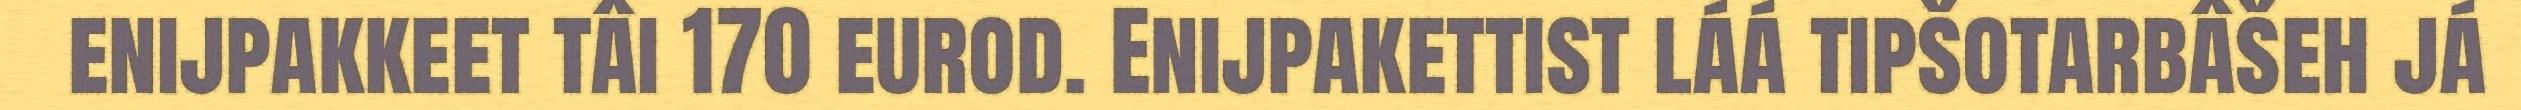
enijpakkeet tâi 170 eurod. Enijpakettist láá tipšotarbâšeh já